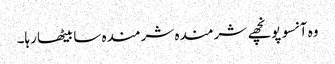
وہ آنسو پونچھے شرمندہ شرمندہ سا بیٹھا رہا۔